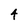
Character: 4